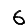
Digit: 6